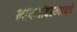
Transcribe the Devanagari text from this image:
भाषणांदरम्यानचे